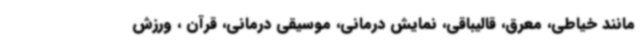
مانند خیاطی، معرق، قالیباقی، نمایش درمانی، موسیقی درمانی، قرآن ، ورزش